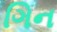
ગિન